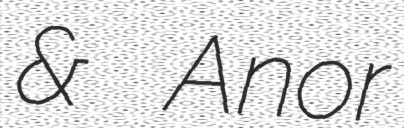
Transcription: & Anor